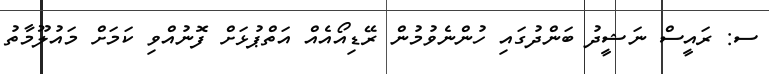
ސ: ރައީސް ނަޝީދު ބަންދުގައި ހުންނެވުމުން ރޭޑިއޯއެއް އަތްޕުޅަށް ފޮނުއްވި ކަމަށް މައުލޫމާތު